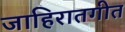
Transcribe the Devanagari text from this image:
जाहिरातगीत